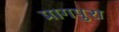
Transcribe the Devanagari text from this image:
प्रागपुरा